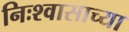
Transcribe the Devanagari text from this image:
निःश्वासाच्या